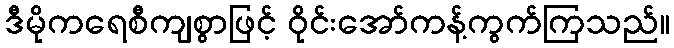
ဒီမိုကရေစီကျစွာဖြင့် ဝိုင်းအော်ကန့်ကွက်ကြသည်။